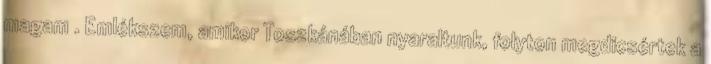
magam . Emlékszem, amikor Toszkánában nyaraltunk, folyton megdicsértek a